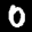
Label: 0